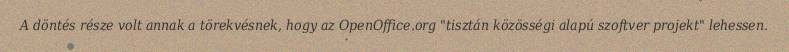
A döntés része volt annak a törekvésnek, hogy az OpenOffice.org "tisztán közösségi alapú szoftver projekt" lehessen.